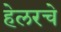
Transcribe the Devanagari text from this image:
हेलरचे